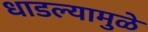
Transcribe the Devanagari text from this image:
धाडल्यामुळे